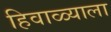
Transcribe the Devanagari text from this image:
हिवाळ्याला